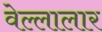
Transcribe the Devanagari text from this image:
वेल्लालार